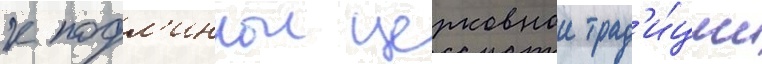
к подл'иннои церковнои трад'и́ции